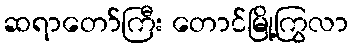
ဆရာတော်ကြီး တောင်မြို့ကြွလာ